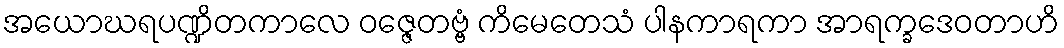
အယောဃရပဏ္ဍိတကာလေ ဝဇ္ဇေတဗ္ဗံ ကိမေတေသံ ပါနကာရကာ အာရက္ခဒေဝတာဟိ